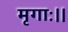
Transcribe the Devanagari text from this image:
मृगाः।।